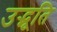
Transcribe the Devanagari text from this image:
उद्भूति